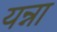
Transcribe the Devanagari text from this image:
यन्ना